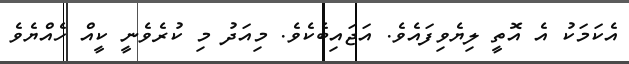
އެކަމަކު އެ އޮތީ ލިޔެވިފައެވެ. އަޖައިބެކެވެ. މިއަދު މި ކުރެވެނީ ކީއް ހެއްޔެވެ